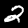
Digit: 2